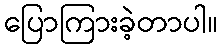
ပြောကြားခဲ့တာပါ။